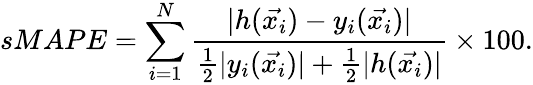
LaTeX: sMAPE=\sum_{i=1}^{N}\frac{\lvert h(\vec{x_{i}})-y_{i}(\vec{x_{i}})\rvert}{\frac{1}{2}\lvert y_{i}(\vec{x_{i}})\rvert+\frac{1}{2}\lvert h(\vec{x_{i}})\rvert}\times 100.